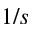
1 / s